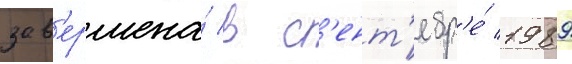
зав'ершена́ в с'ент'ябр'е́ 1989